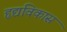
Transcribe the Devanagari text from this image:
हृद्यविकास